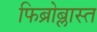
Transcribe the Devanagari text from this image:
फिब्रोब्लास्त